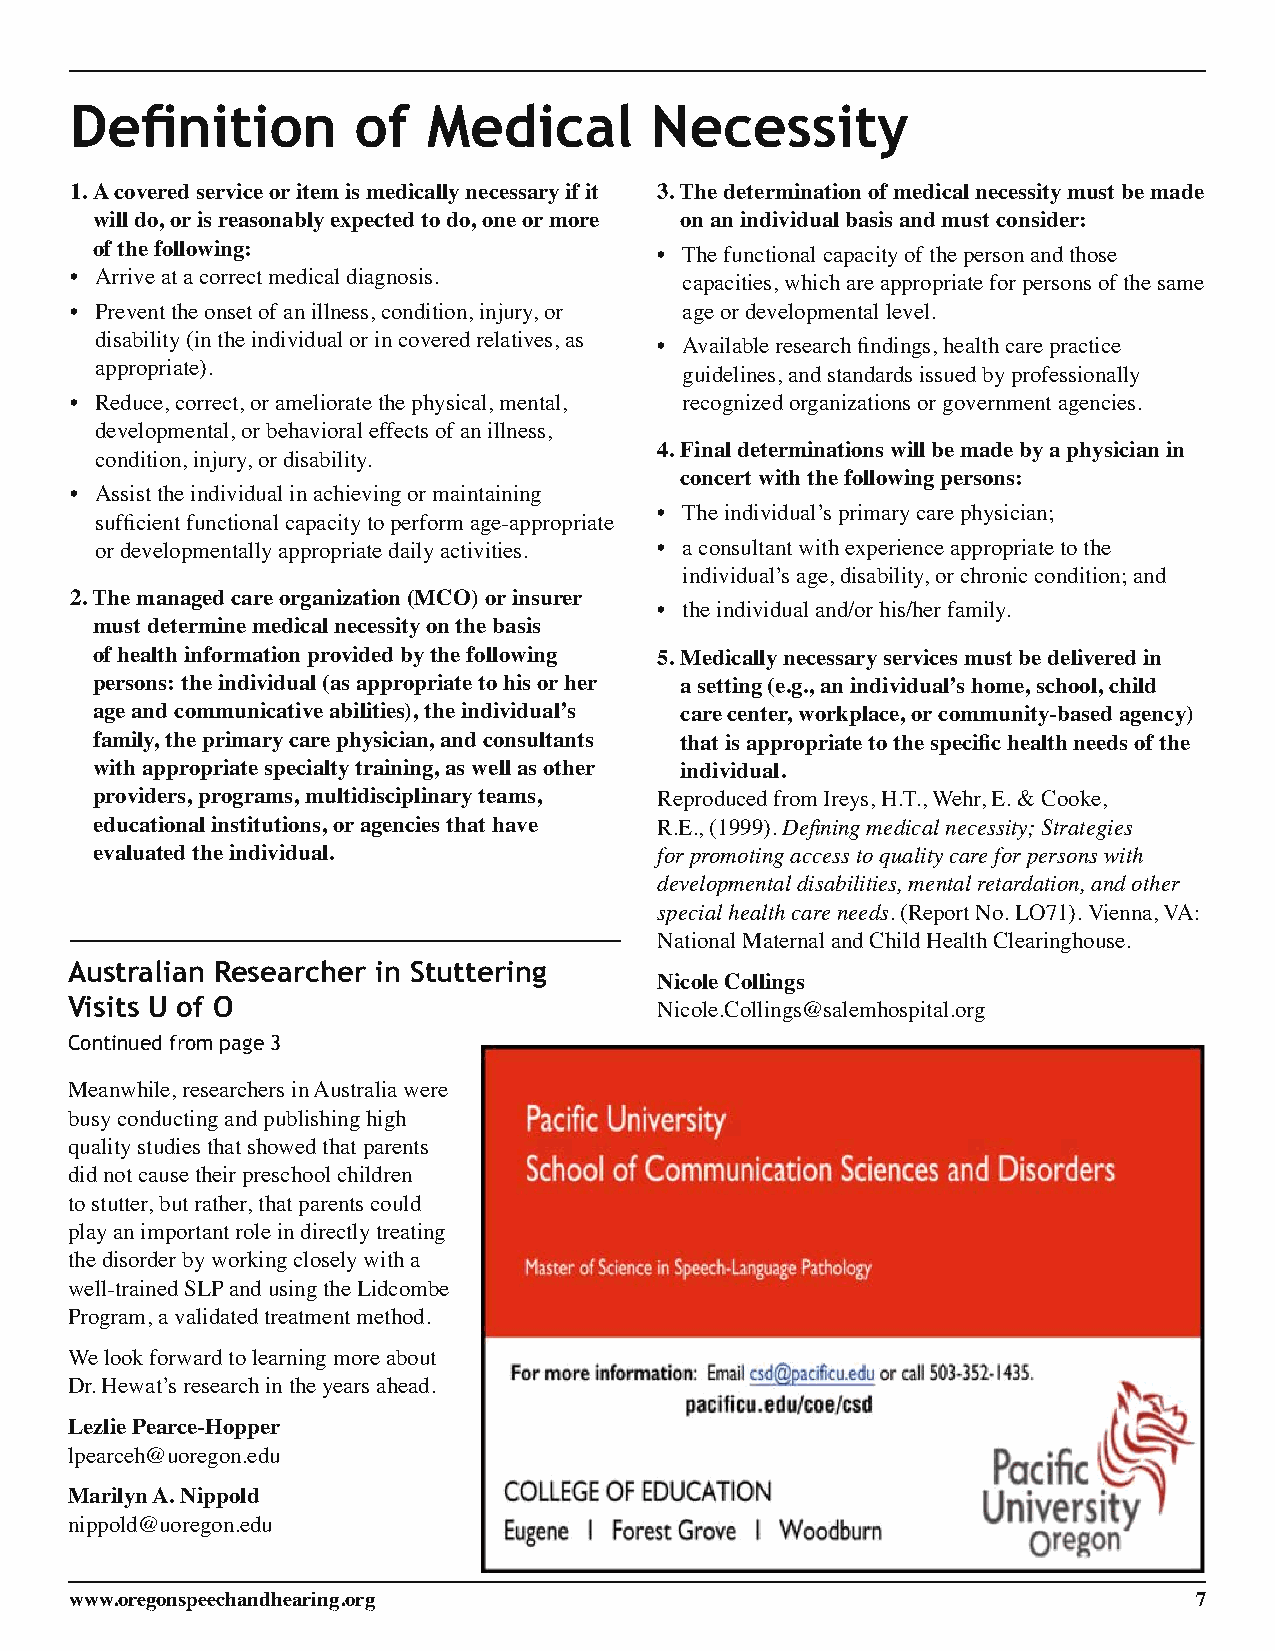
Definition        of   Medical        Necessity
 1. A covered service or item is medically necessary if it 3. The determination of medical necessity must be made
 will do, or is reasonably expected to do, one or more on an individual basis and must consider:
 of the following:
 • The functional capacity of the person and those
 • Arrive at a correct medical diagnosis. capacities, which are appropriate for persons of the same
 • Prevent the onset of an illness, condition, injury, or age or developmental level.
 disability (in the individual or in covered relatives, as • Available research findings, health care practice
 appropriate).                          guidelines, and standards issued by professionally
 • Reduce, correct, or ameliorate the physical, mental, recognized organizations or government agencies.
 developmental, or behavioral effects of an illness,
 4. Final determinations will be made by a physician in
 condition, injury, or disability.
 concert with the following persons:
 • Assist the individual in achieving or maintaining
 • The individual’s primary care physician;
 sufficient functional capacity to perform age-appropriate
 or developmentally appropriate daily activities. • a consultant with experience appropriate to the
 individual’s age, disability, or chronic condition; and
 2. The managed care organization (MCO) or insurer
 • the individual and/or his/her family.
 must determine medical necessity on the basis
 of health information provided by the following 5. Medically necessary services must be delivered in
 persons: the individual (as appropriate to his or her a setting (e.g., an individual’s home, school, child
 age and communicative abilities), the individual’s care center, workplace, or community-based agency)
 family, the primary care physician, and consultants that is appropriate to the specific health needs of the
 with appropriate specialty training, as well as other individual.
 providers, programs, multidisciplinary teams, Reproduced from Ireys, H.T., Wehr, E. & Cooke,
 educational institutions, or agencies that have R.E., (1999). Defining medical necessity; Strategies
 evaluated the individual.             for promoting access to quality care for persons with
 developmental disabilities, mental retardation, and other
 special health care needs. (Report No. LO71). Vienna, VA:
 National Maternal and Child Health Clearinghouse.
 australian researcher in stuttering
 Nicole Collings
 Visits u of o
 Nicole.Collings@salemhospital.org
 Continued from page 3
 Meanwhile, researchers in Australia were
 busy conducting and publishing high
 quality studies that showed that parents
 did not cause their preschool children
 to stutter, but rather, that parents could
 play an important role in directly treating
 the disorder by working closely with a
 well-trained SLP and using the Lidcombe
 Program, a validated treatment method.
 We look forward to learning more about
 Dr. Hewat’s research in the years ahead.
 Lezlie Pearce-Hopper
 lpearceh@uoregon.edu
 Marilyn A. Nippold
 nippold@uoregon.edu
 www.oregonspeechandhearing.org                                            7